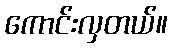
ကောင်းလှတယ်။